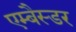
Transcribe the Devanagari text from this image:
एम्बैस्डर